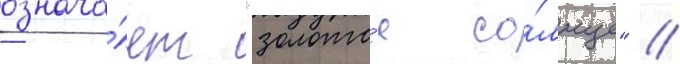
означа́ет "золото́е со́лнце" //